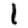
Digit: 1